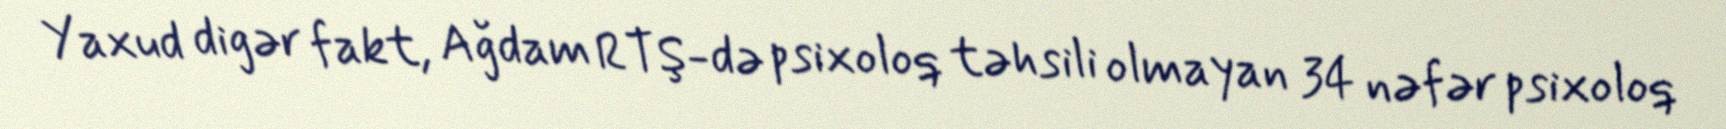
Yaxud digər fakt, Ağdam RTŞ-də psixoloq təhsili olmayan 34 nəfər psixoloq